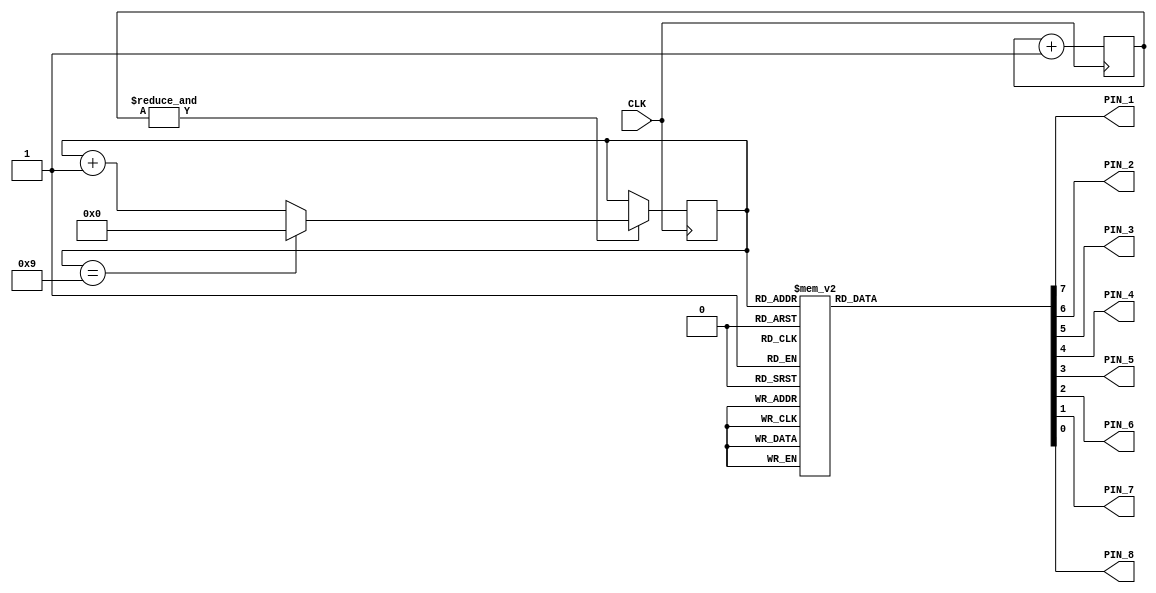
// look in pins.pcf for all the pin names on the TinyFPGA BX board
module top (
    input CLK,    // 16MHz clock
    // output LED,   // User/boot LED next to power LED
    // output USBPU  // USB pull-up resistor
    output PIN_1,
    output PIN_2, 
    output PIN_3, 
    output PIN_4, 
    output PIN_5, 
    output PIN_6, 
    output PIN_7, 
    output PIN_8
);

    // cnt is used as a prescalar
    reg[20:0] cnt;
    always @(posedge CLK) cnt <= cnt+21'h1;
    wire cntovf = &cnt;

    // BCD is a counter that counts from 0 to 9
    reg [3:0] BCD;
    always @(posedge CLK) if(cntovf) BCD <= (BCD==4'h9 ? 4'h0 : BCD+4'h1);

    reg[7:0] MatrixSeg;
    always @(*) begin
        case(BCD) 
            4'h0: MatrixSeg = 8'b10000000;
            4'h1: MatrixSeg = 8'b01000000;
            4'h2: MatrixSeg = 8'b00100000;
            4'h3: MatrixSeg = 8'b00010000;
            4'h4: MatrixSeg = 8'b00001000;
            4'h5: MatrixSeg = 8'b00000100;
            4'h6: MatrixSeg = 8'b00000010;
            4'h7: MatrixSeg = 8'b00000001;
            4'h8: MatrixSeg = 8'b00000000;
            4'h9: MatrixSeg = 8'b11111111;
            default: MatrixSeg = 8'b00000000;
        endcase
    end

    assign {PIN_1, PIN_2, PIN_3, PIN_4, PIN_5, PIN_6, PIN_7, PIN_8} = MatrixSeg;

endmodule